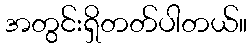
အတွင်းရှိတတ်ပါတယ်။